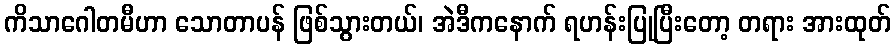
ကိသာဂေါတမီဟာ သောတာပန် ဖြစ်သွားတယ်၊ အဲဒီကနောက် ရဟန်းပြုပြီးတော့ တရား အားထုတ်